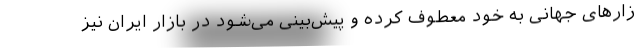
زارهای جهانی به خود معطوف کرده و پیش‌بینی می‌شود در بازار ایران نیز